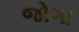
જોગા